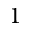
1